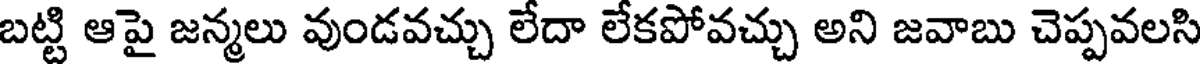
బట్టి ఆపై జన్మలు వుండవచ్చు లేదా లేకపోవచ్చు అని జవాబు చెప్పవలసి